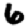
Digit: 6